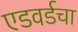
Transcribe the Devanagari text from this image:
एडवर्डचा